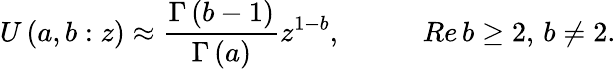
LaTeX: U\left(a,b:z\right)\approx\frac{\Gamma\left(b-1\right)}{\Gamma\left(a\right)}z^{1-b},\, \, \, \, \, \, \, \, \, \, \, \, \, \, \, \, \, Re\, b\geq 2,\, b\neq 2.